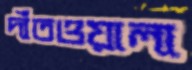
দাঁতওয়ালা